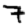
Digit: 7